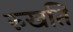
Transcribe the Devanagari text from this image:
रुखति